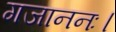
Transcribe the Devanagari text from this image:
गजाननः।